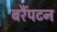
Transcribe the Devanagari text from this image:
बरैंपटन